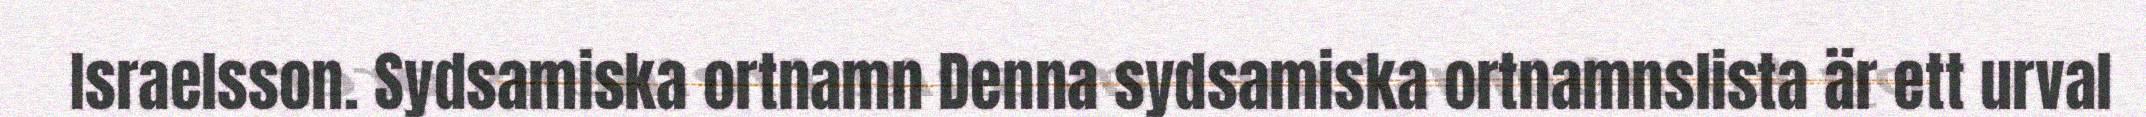
Israelsson. Sydsamiska ortnamn Denna sydsamiska ortnamnslista är ett urval